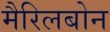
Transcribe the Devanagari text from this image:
मैरिलबोन